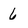
Character: 6